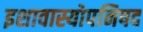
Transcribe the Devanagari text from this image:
इशावास्योपनिषद